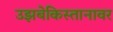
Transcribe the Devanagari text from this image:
उझबेकिस्तानावर